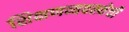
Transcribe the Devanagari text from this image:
शिक्षणव्यवस्थेची